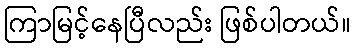
ကြာမြင့်နေပြီလည်း ဖြစ်ပါတယ်။